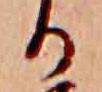
る